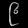
Digit: ၉